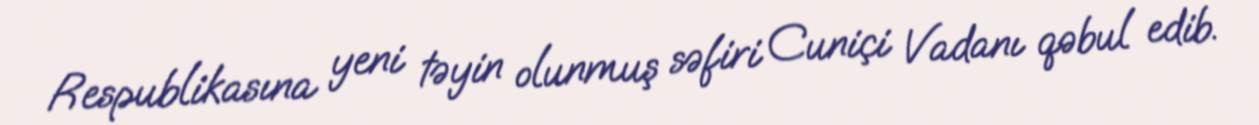
Respublikasına yeni təyin olunmuş səfiri Cuniçi Vadanı qəbul edib.